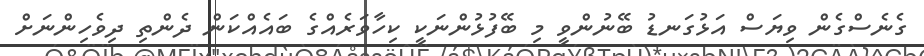
ގެނެސްގެން ވިޔަސް އަޅުގަނޑު ބޭނުންވީ މި ބޭފުޅުންނަކީ ކިހާވަރެއްގެ ބައެއްކަން ދެންތިި ދިވެހިންނަށް